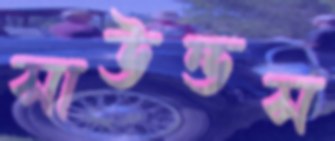
সাউন্ডস